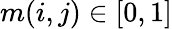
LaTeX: m(i,j)\in[0,1]